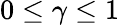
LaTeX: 0\leq\gamma\leq 1